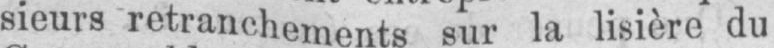
sieurs retranchements sur la lisière du